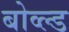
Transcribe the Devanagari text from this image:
बोव्ल्ड